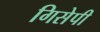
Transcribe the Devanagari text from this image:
गिसेपी